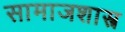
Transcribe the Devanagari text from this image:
सामाजशास्त्र